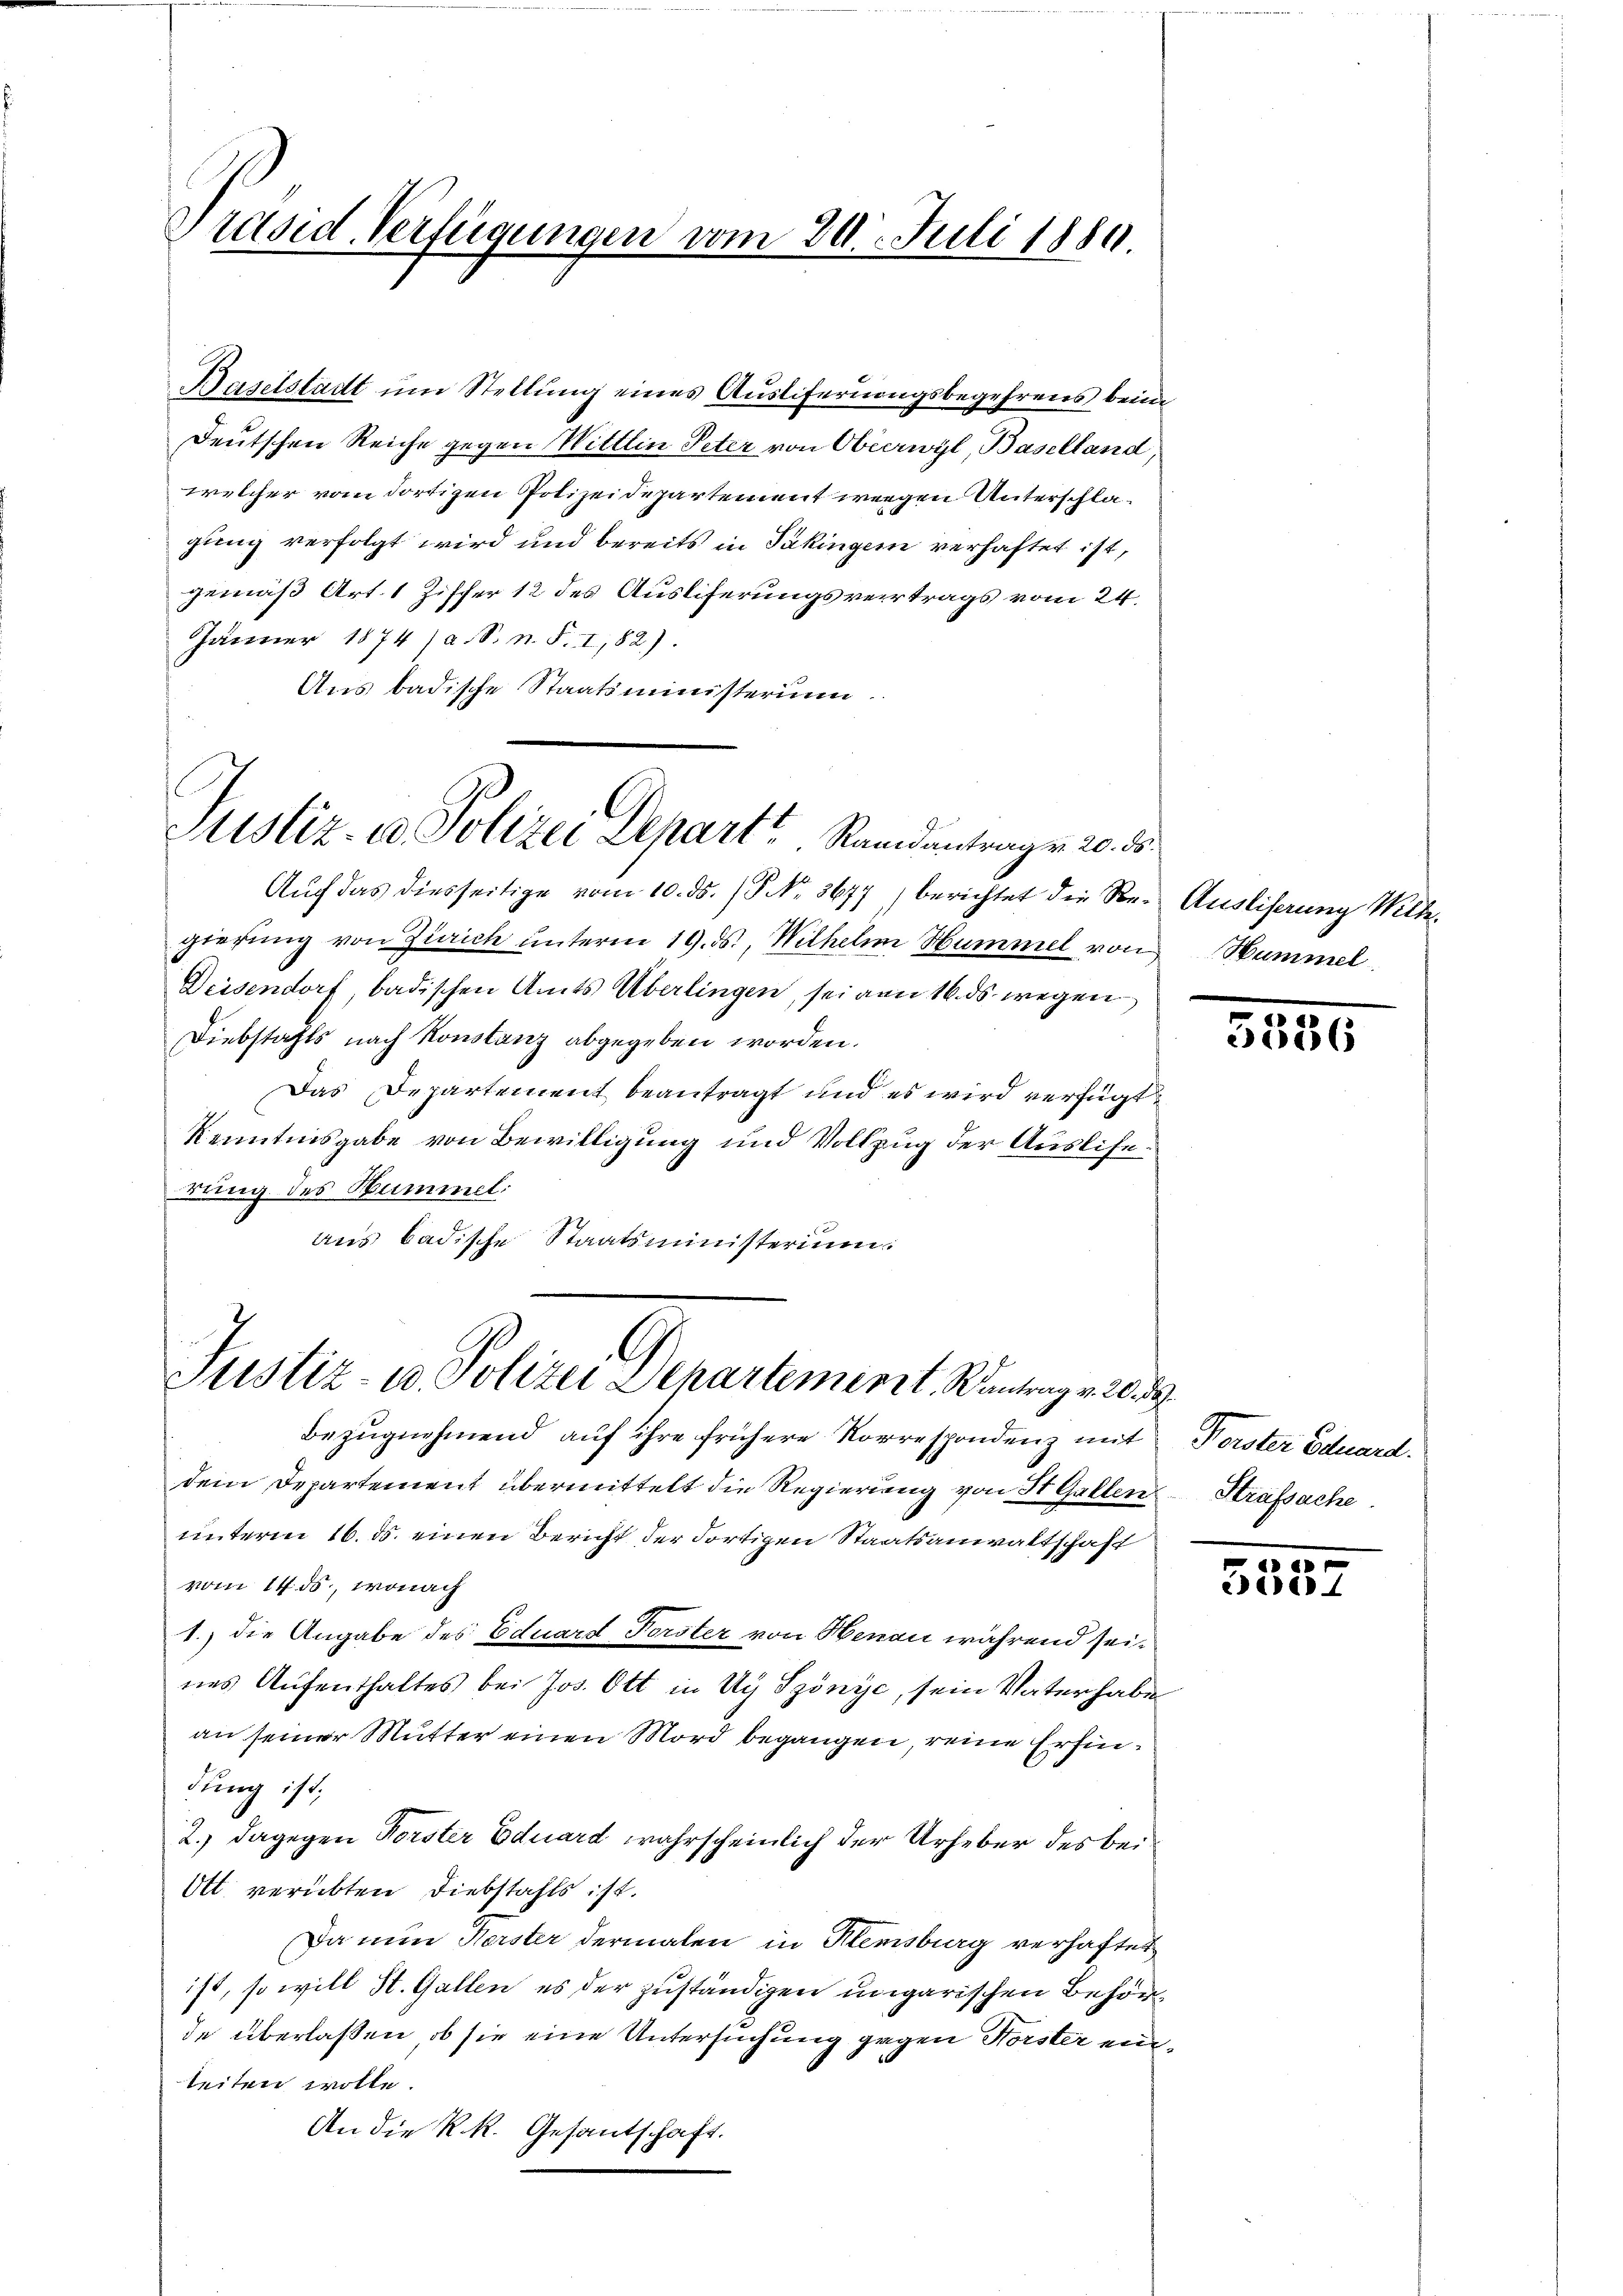
Präsid. Verfügungen vom 20. Juli 1880.

Haselstadt ŭm Stellung eines Ausliferungsbegehrens beide
Deutschen Reiche gegen Wittlin Peter von Oberwyl, Baselland,
welcher vom dortigen Polizeidepartement wegen Unterschlagung verfolgt wird und bereits in Säkingen verhaftet ist,
gemäß Art. 1 Ziffer 12 des Ausliferungsvertrags vom 24.
Jänner 1874 / a. S. n. F. 1,82).
Aus badische Staatsministerium.

Justiz- u. Polizei Depart. Randentragen 20. d.

6
Justiz- u. Polizei Departement. Kantrag v. 20. d

Aŭch das diesseitige vom 10. ds. S. Nr. 3677) berichtet die Son- Ausliserung Milde-
gierung von Zürich unterm 19. ds., Wilhelm Hummel von Nummel
Deisendorf, badischen Amts Überlingen, sei von 16. ds wegen
Diebstahls nach Konstanz abgegeben worden.
Das Departement beantragt und es wird verfügt
Kenntnisgabe von Bewilligung und Vollzug der Ausliserung des Hammel:
aus badische Staatsministerium.

Bezugnehmend auf ihre frühere Korrespondenz mit Vorster Eduard.
dem Departement übermittelt die Regierung von St. Gallen Strafsache.
unterm 16. ds. einen Bericht der dortigen Staatsanwaltschaft
vom 14. ds., wonach
1.) die Angabe des Eduard Forster von Henau während sei.
nes Aufenthaltes bei Jos. Ott in Ug Szönye, sein Vaterhabe
an seiner Mutter einen Mord begangen, reine Erfindung ist.
2.) dagegen Forster Eduard wahrscheinlich der Urheber des bei¬
Ott verübten Diebstahls ist.
Da nun Herster dermalen in Klemsburg verhaftet
ist, so will St. Gallen, es der zuständigen ungarischen Behörde überlaßen, ob sie eine Untersuchung gegen Forster einteiten wolle.
An die K. R. Gesantschaft.

.
206 (

30
550.